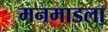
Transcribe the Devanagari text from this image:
मनमाडला